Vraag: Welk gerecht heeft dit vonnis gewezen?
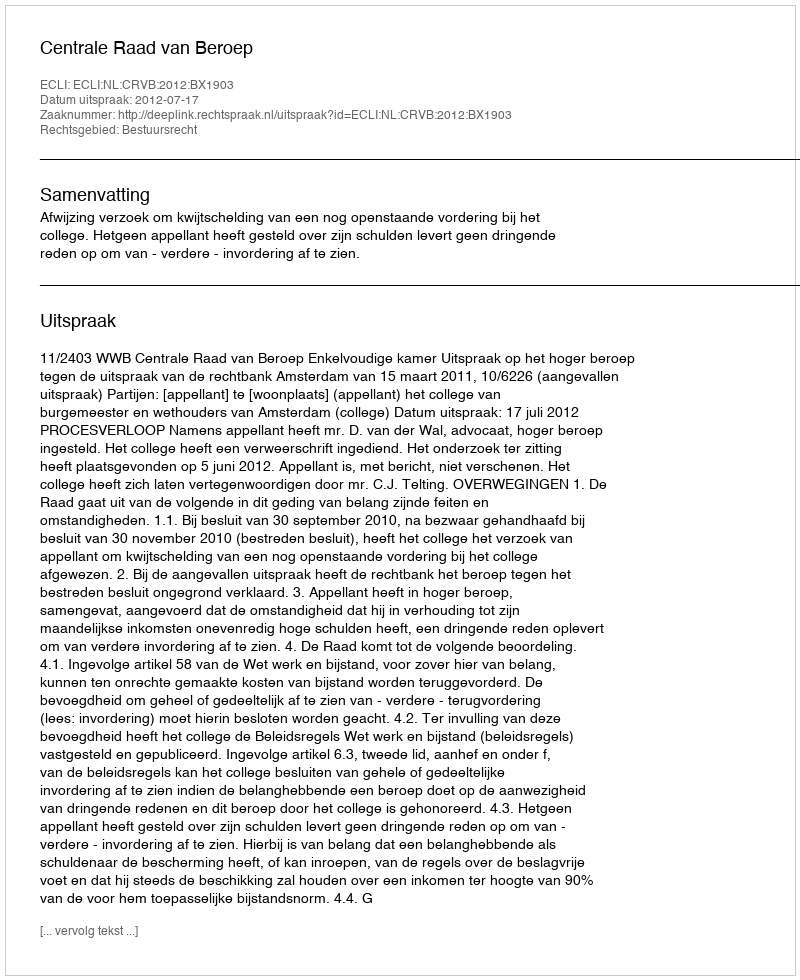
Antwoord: Centrale Raad van Beroep